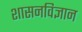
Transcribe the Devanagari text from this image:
शासनविज्ञान